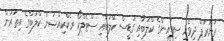
ރަނަރަޕް ދިވެހި ސިފައިންގެ ކްލަބާއި ގުޑީސް ކްލަބާއި ސްޓެލްކޯ ރެކްރިއޭޝަން ކްލަބްގެ އިތުރުން